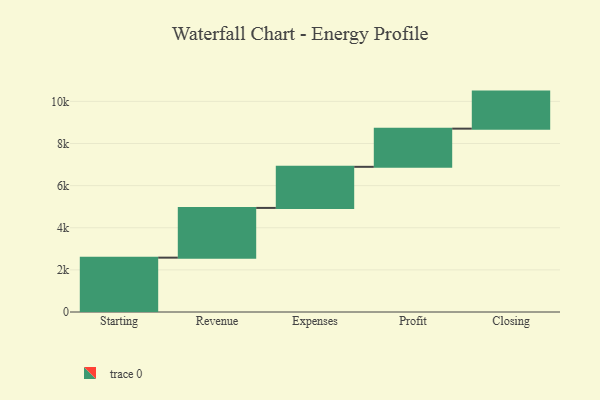
{"axis": {"x": "Step", "y": "Value"}, "legend": [""], "data": [{"x": "Starting", "y": 2580.0, "type": ""}, {"x": "Revenue", "y": 2361.0, "type": ""}, {"x": "Expenses", "y": 1951.0, "type": ""}, {"x": "Profit", "y": 1812.0, "type": ""}, {"x": "Closing", "y": 1759.0, "type": ""}]}